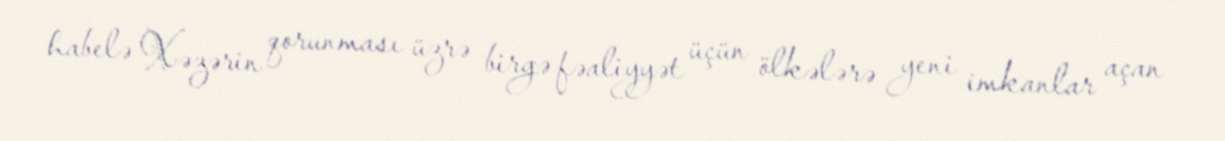
habelə Xəzərin qorunması üzrə birgə fəaliyyət üçün ölkələrə yeni imkanlar açan